Scottish Leaving Certificate Examination, 1958
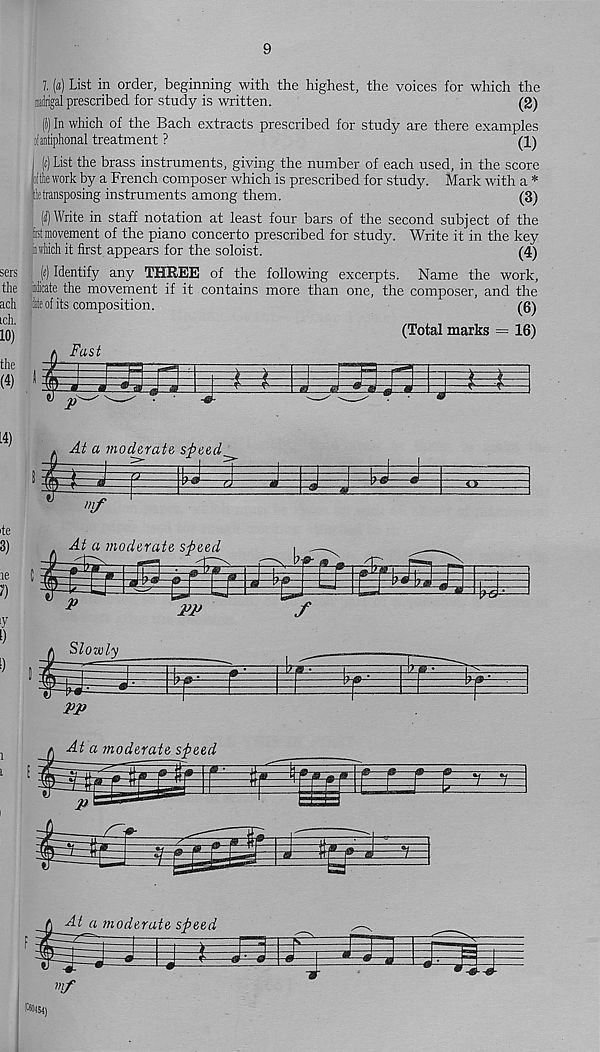
9
7. (a) List in order, beginning with the highest, the voices for which the
madrigal prescribed for study is written.
(2)
(}) In which of the Bach extracts prescribed for study are there examples
oiantipkmal treatment ?
(1)
((c) List the brass instruments, giving the number of each used, in the score
lie work by a French composer which is prescribed for study. Mark with a *
ictransposing instruments among them.
(3)
[i] Write in staff notation at least four bars of the second subject of the
fct movement of the piano concerto prescribed for study. Write it in the key
ireMch it first appears for the soloist.
(4)
(e) Identify any THREE of the following excerpts. Name the work,
the idicate the movement if it contains more than one, the composer, and the
ach Me of its composition.
(6)
IQ)
(Total marks = 16)
Fast
sers
f
1
L4)
At a moderate, speed
3